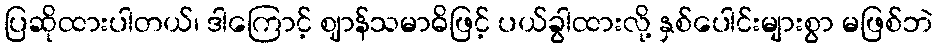
ပြဆိုထားပါတယ်၊ ဒါကြောင့် ဈာန်သမာဓိဖြင့် ပယ်ခွါထားလို့ နှစ်ပေါင်းများစွာ မဖြစ်ဘဲ